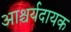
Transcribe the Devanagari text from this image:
आश्चर्यदायक